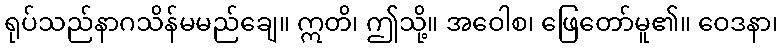
ရုပ်သည်နာဂသိန်မမည်ချေ။ ဣတိ၊ ဤသို့။ အဝေါစ၊ ဖြေတော်မူ၏။ ဝေဒနာ၊